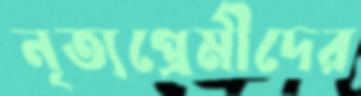
নৃত্যপ্রেমীদের